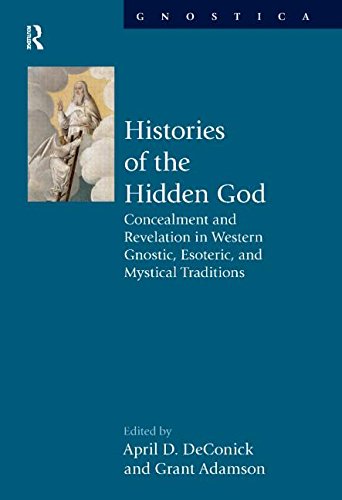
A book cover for Histories of the Hidden God: Concealment and Revelation in Western Gnostic, Esoteric, and Mystical Traditions (Gnostica); Religion & Spirituality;